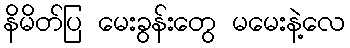
နိမိတ်ပြ မေးခွန်းတွေ မမေးနဲ့လေ